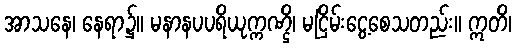
အာသနေ၊ နေရာ၌။ မနာနပပရိယုက္ကဏ္ဌိ၊ မငြိမ်းငွေ့စေသတည်း။ ဣတိ၊